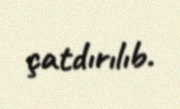
çatdırılıb.